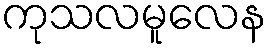
ကုသလမူလေန